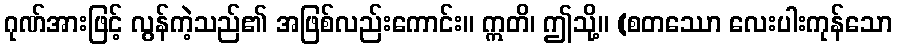
ဂုဏ်အားဖြင့် လွန်ကဲ့သည်၏ အဖြစ်လည်းကောင်း။ ဣတိ၊ ဤသို့။ (စတဿော လေးပါးကုန်သော